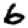
Digit: 6